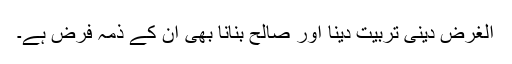
الغرض دینی تربیت دینا اور صالح بنانا بھی ان کے ذمہ فرض ہے۔